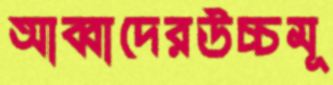
আব্বাদেরউচ্চমূ